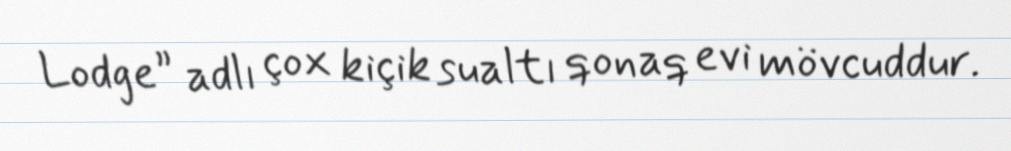
Lodge” adlı çox kiçik sualtı qonaq evi mövcuddur.